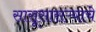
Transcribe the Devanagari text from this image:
सासूसासऱ्याचे